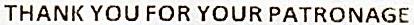
THANK YOU FOR YOUR PATRONAGE